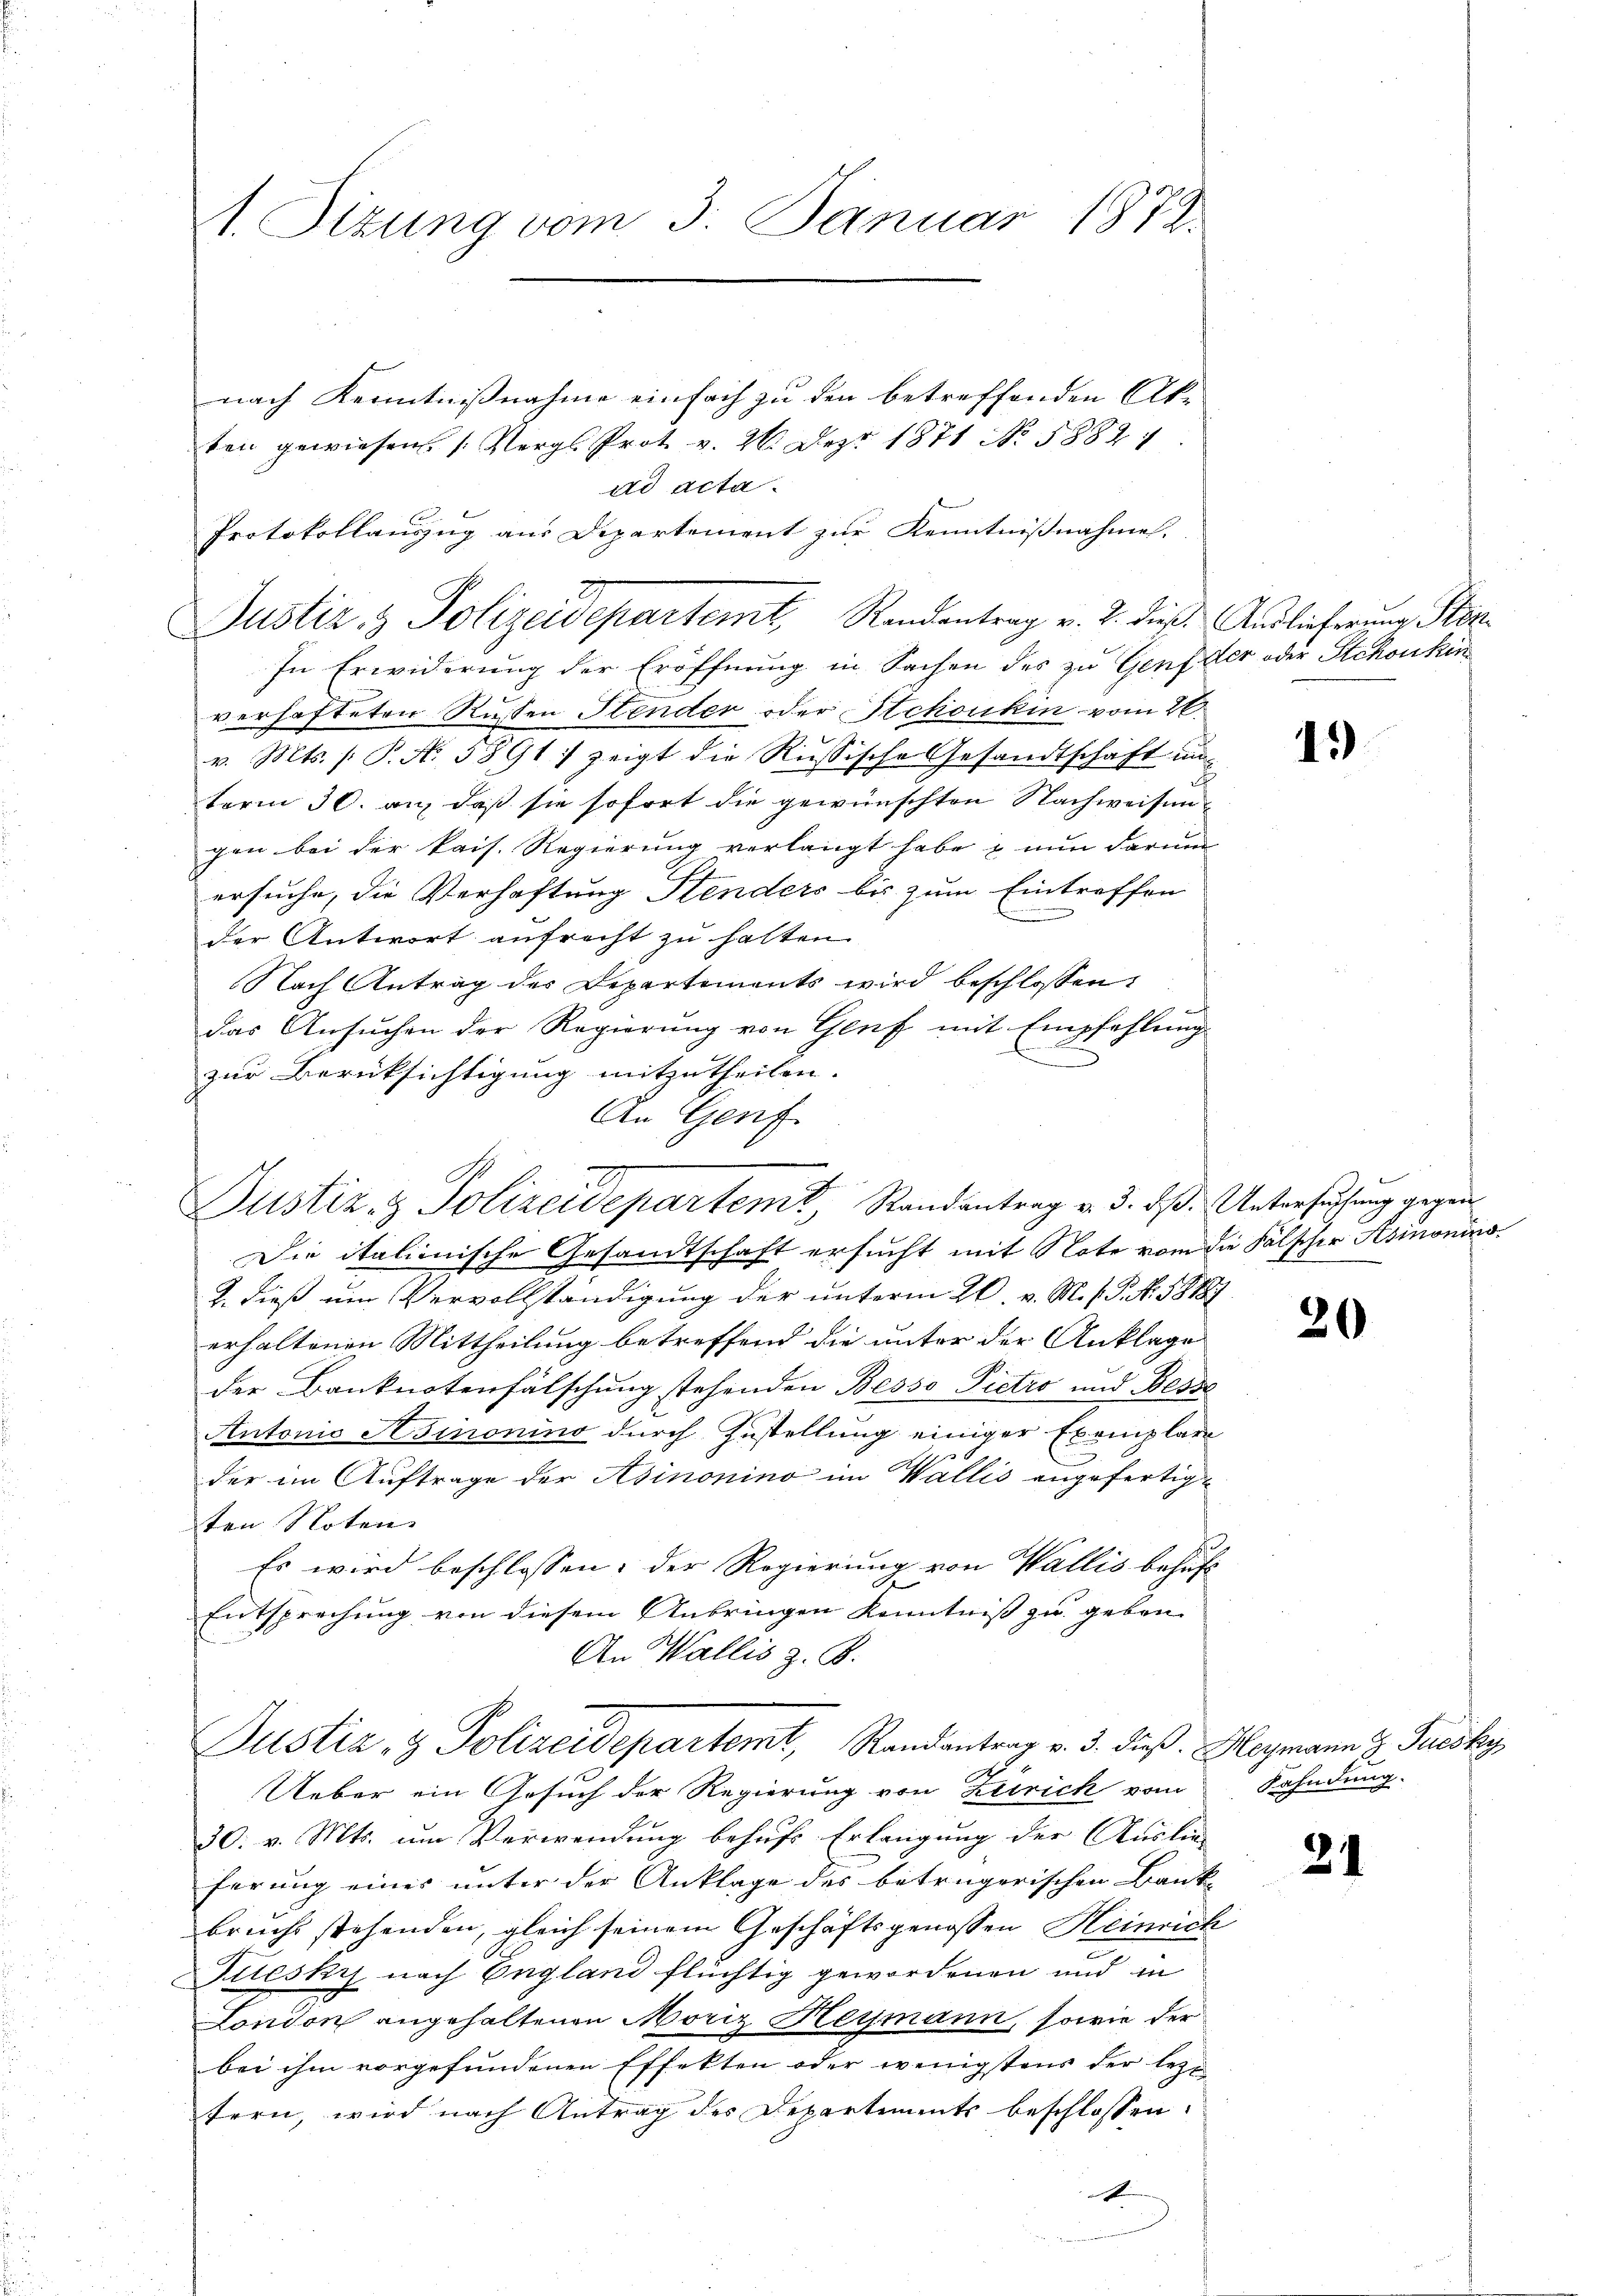
1. Sizung vom 3. Januar 1872.

nach Kenntnißnahme einfach zu den betreffenden Akten gewiesen. 1. Vergl. Prot v. 26. Dez. 1871 No 1882
ad acta.
Protokollauszug aus Departement zur Kenntnißnahme.
In Erwiderung der Eröffnung in Sachen des zu Genf der oder Schonkin
verhafteten Russen Stender oder Schönkin vom 20.
v. Mts. /: P. N. 5891: zeigt die Russische Gesandtschaft un-
term 30. an, daß sie sofort die gewünschten Nachweisen
gen bei der kais. Regierung verlangt habe & nun darum
ersuche, die Verhaftung Stenders bis zum Eintreffen
.
der Antwort aufrecht zu halten
Nach Antrag des Departements wird beschlossen:
das Ansuchen der Regierung von Genf mit Empfehlung
zur Berücksichtigung mitzutheilen.
An Genf
Justiz- & Polizeidepartemt, Randantrag v. 3. dß. Untersuchung gegen
Die italienische Gesandtschaft ersucht mit Note vom die Fälscher Asinonins
2. dieß um Vervollständigung der unterm 20. v. M. h. T. N. 38187
erhaltenen Mittheilung betreffend die unter der Anklage
der Banknotenfälschung stehenden Besso Pietro und Besse
Antonio Asinonino durch Zustellung einiger Exemplar
der im Auftrage der Asinonino im Wallis angefertigt
ten Noten
t
Es wird beschlossen: der Regierung von Wallis behuf
Entsprechung von diesem Anbringen Kenntniß zu geben
An Wallis z. B.

Justiz- & Polizeidepartemt Randantrag v. 2. dieß. Auslieferung Stor

Ueber ein Gesuch der Regierung von Zürich vom
30. v. Mts. um Verwendung behufs Erlangung der Auslie-
ferung eines unter der Anklage des betrügerischen Bankbruchs stehenden, gleich seinem Geschäftsgenossen Heinrich
Juesky nach England flüchtig gewordenen und in
London angehaltenen Moriz Heymann, sowie der
bei ihm vorgefundenen Effekten oder wenigstens der lezt
tern, wird nach Antrag des Departements beschlossen:
e

Justiz- & Polizeidepartemt, Randantrag v. 3. dieß. Hagmann z. Susky

1)

20

Fahndung.

21